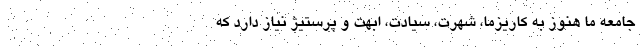
جامعه ما هنوز به کاریزما، شهرت، سیادت، ابهت و پرستیژ نیاز دارد که